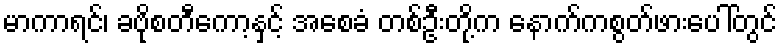
မာကာရင်၊ ခဗိုစတီကော့နှင့် အစေခံ တစ်ဦးတို့က နောက်ကစွတ်ဖားပေါ်တွင်